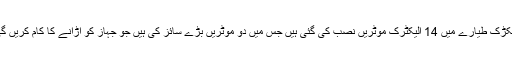
الیکڑک طیارے میں 14 الیکٹرک موٹریں نصب کی گئی ہیں جس میں دو موٹریں بڑے سائز کی ہیں جو جہاز کو اڑانے کا کام کریں گی۔